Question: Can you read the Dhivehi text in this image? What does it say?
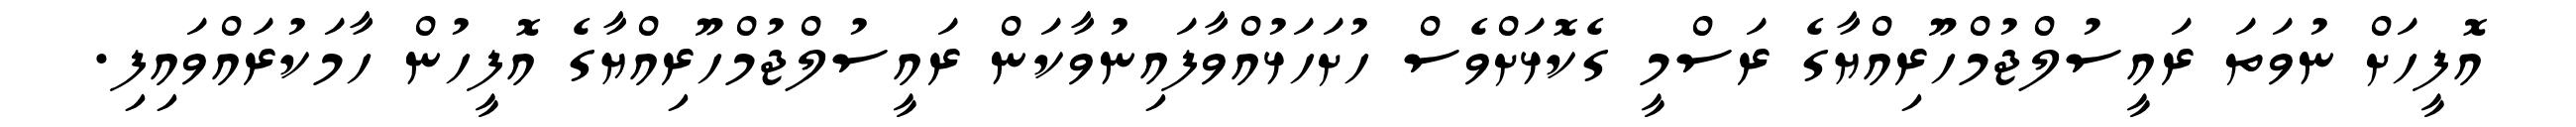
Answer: އޮފީހަށް ނުވަތަ ރައީސުލްޖުމްހޫރިއްޔާގެ ރަސްމީ ގެކޮޅަށްވެސް ހުށަހަޅުއްވާފައިނުވާކަން ރައީސުލްޖުމްހޫރިއްޔާގެ އޮފީހުން ހާމަކުރައްވައިފި.